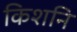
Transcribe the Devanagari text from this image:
किशनि